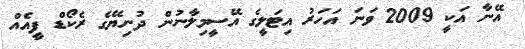
އޭނާ އަކީ 2009 ވަނަ އަހަރު އިޓަލީގެ އޭސީމިލާނުން ދުނިޔޭގެ ރެކޯޑް ފީއެއް